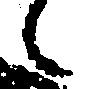
々